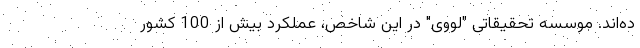
ده‌اند. موسسه تحقیقاتی "لووی" در این شاخص، عملکرد بیش از 100 کشور